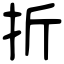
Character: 折